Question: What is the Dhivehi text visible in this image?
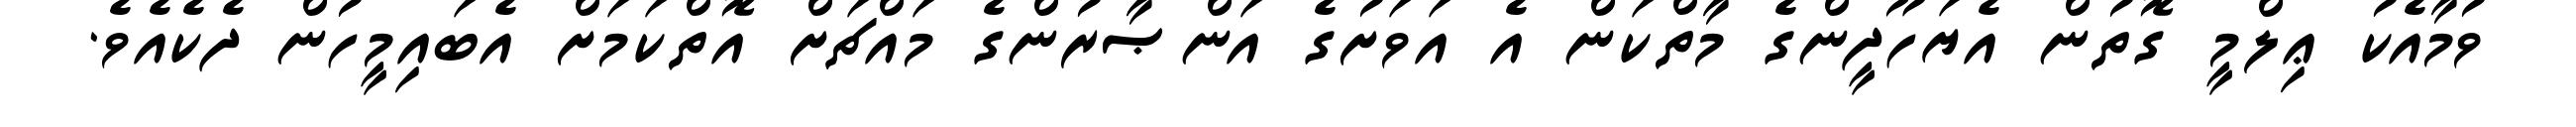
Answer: ވުމާއެކު ޢިލްމީ ގޮތުން އެޔަހޫދީންގެ މާތްކަން އެ އަވަށުގެ އަންޞާރުންގެ މައްޗަށް އޮތްކަމަށް އެބައިމީހުން ދެކެއެވެ.